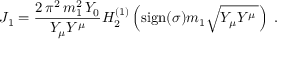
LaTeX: J _ { 1 } = \frac { 2 \, \pi ^ { 2 } \, m _ { 1 } ^ { 2 } \, Y _ { 0 } } { Y _ { \mu } Y ^ { \mu } } H _ { 2 } ^ { ( 1 ) } \left( \mathrm { s i g n } ( \sigma ) m _ { 1 } \sqrt { Y _ { \mu } Y ^ { \mu } \, } \right) \; .